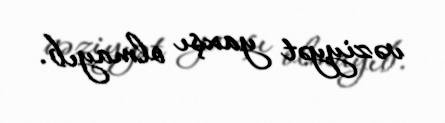
vəziyyət yaxşı olmayıb.